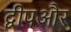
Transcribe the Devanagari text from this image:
द्वीपऔर